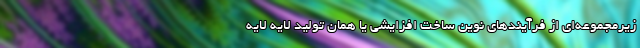
زیرمجموعه‌ای از فرآیندهای نوین ساخت افزایشی یا همان تولید لایه لایه